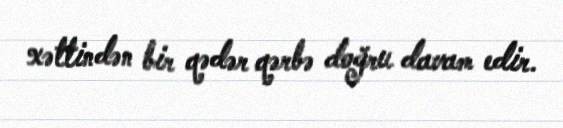
xəttindən bir qədər qərbə doğru davam edir.